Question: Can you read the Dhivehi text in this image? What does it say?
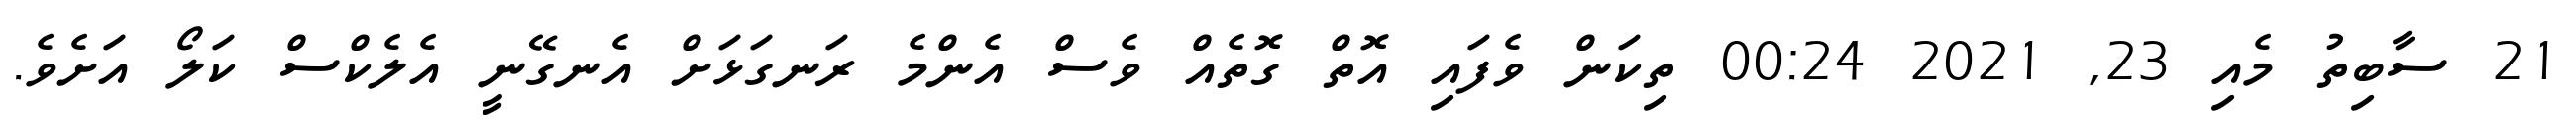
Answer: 21 ސާބިތު މެއި 23, 2021 00:24 ތިކަން ވެފައި އޮތް ގޮތެއް ވެސް އެންމެ ރަނގަޅަށް އެނގޭނީ އެލެކްސް ކަލޯ އަށެވެ.